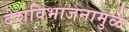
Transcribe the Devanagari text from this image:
देशविभाजनामुळे